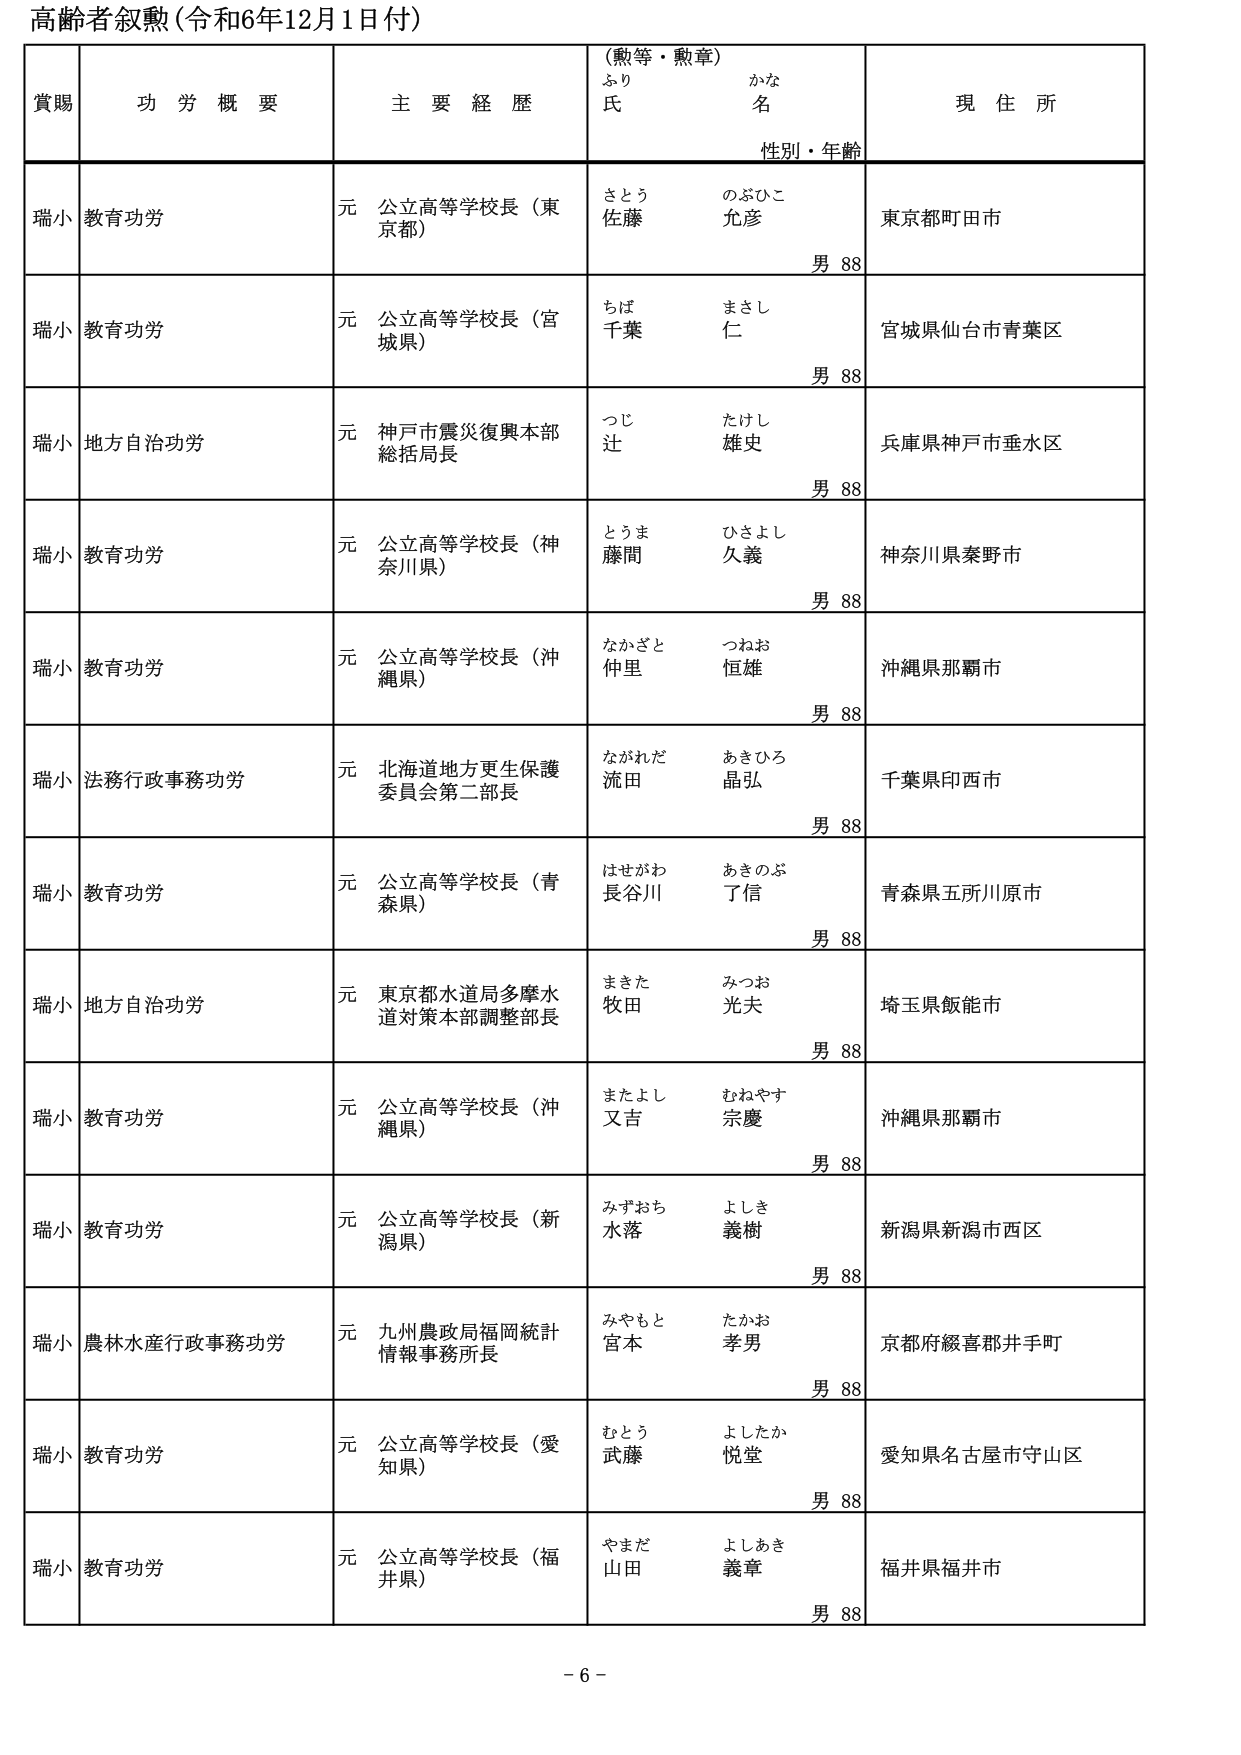
高齢者叙勲（令和6年12月1日付）

賞賜　　功労概要　　主要経歴　　（勲等・勲章）　　現住所
　　　　　　　　　　　　　　ふり　　かな
　　　　　　　　　　　　　　氏　　名
　　　　　　　　　　　　　　性別・年齢

瑞小　教育功労　　元 公立高等学校長（東京都）　　さとう　のぶひこ　　東京都町田市
　　　　　　　　　　　　　　　　　　　　　　　　佐藤　允彦　　　　　　男 88

瑞小　教育功労　　元 公立高等学校長（宮城県）　　ちば　まさし　　宮城県仙台市青葉区
　　　　　　　　　　　　　　　　　　　　　　　　千葉　仁　　　　　　男 88

瑞小　地方自治功労　　元 神戸市震災復興本部　　つじ　たけし　　兵庫県神戸市垂水区
　　　　　　　　　　　　総括局長　　　　　　　　辻　雄史　　　　　　男 88

瑞小　教育功労　　元 公立高等学校長（神奈川県）　　とうま　ひさよし　　神奈川県秦野市
　　　　　　　　　　　　　　　　　　　　　　　　藤間　久義　　　　　　男 88

瑞小　教育功労　　元 公立高等学校長（沖縄県）　　ながさと　つねお　　沖縄県那覇市
　　　　　　　　　　　　　　　　　　　　　　　　仲里　恒雄　　　　　　男 88

瑞小　法務行政事務功労　　元 北海道地方更生保護　　ながれだ　あきひろ　　千葉県印西市
　　　　　　　　　　　　委員会第二部長　　　　　　流田　晶弘　　　　　　男 88

瑞小　教育功労　　元 公立高等学校長（青森県）　　はせがわ　あきのぶ　　青森県五所川原市
　　　　　　　　　　　　　　　　　　　　　　　　長谷川　了信　　　　　　男 88

瑞小　地方自治功労　　元 東京都水道局多摩水道　　まきた　みつお　　埼玉県飯能市
　　　　　　　　　　　　対策本部調整部長　　　　牧田　光夫　　　　　　男 88

瑞小　教育功労　　元 公立高等学校長（沖縄県）　　またよし　むねやす　　沖縄県那覇市
　　　　　　　　　　　　　　　　　　　　　　　　又吉　宗慶　　　　　　男 88

瑞小　教育功労　　元 公立高等学校長（新潟県）　　みずおち　よしき　　新潟県新潟市西区
　　　　　　　　　　　　　　　　　　　　　　　　水落　義樹　　　　　　男 88

瑞小　農林水産行政事務功労　　元 九州農政局福岡統計　　みやもと　たかお　　京都府綴喜郡井手町
　　　　　　　　　　　　情報事務所長　　　　　　宮本　孝男　　　　　　男 88

瑞小　教育功労　　元 公立高等学校長（愛知県）　　むとう　よしたか　　愛知県名古屋市守山区
　　　　　　　　　　　　　　　　　　　　　　　　武藤　悦堂　　　　　　男 88

瑞小　教育功労　　元 公立高等学校長（福井県）　　やまだ　よしあき　　福井県福井市
　　　　　　　　　　　　　　　　　　　　　　　　山田　義章　　　　　　男 88

- 6 -